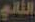
الثاني